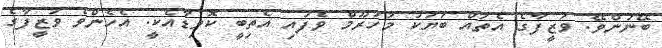
ބޭނުންވޭ. ވަޒީފާގެ އެތައް ބަޔަކު މަހުރޫމް ވެފައި އެތިބީ ކޮވިޑާއެކީ. އެހެންވެ ވަޒީފާގެ